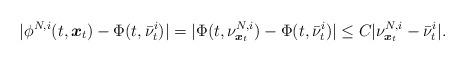
LaTeX: \begin{align*}|\phi^{N,i}(t,\boldsymbol{x}_t)-\Phi(t,\bar{\nu}_t^i)|=|\Phi(t,\nu^{N,i}_{\boldsymbol{x}_t})-\Phi(t,\bar{\nu}_t^i)|\leq C|\nu^{N,i}_{\boldsymbol{x}_t}-\bar{\nu}_t^i|.\end{align*}